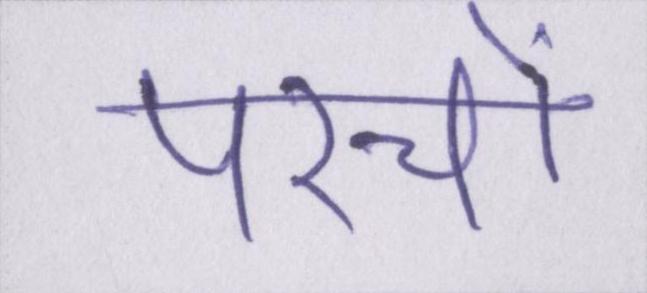
परचों